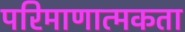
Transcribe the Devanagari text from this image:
परिमाणात्मकता